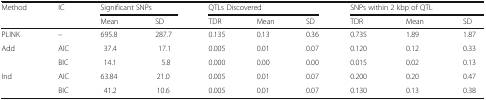
| <ROWSPAN=2> Method | <ROWSPAN=2> IC | <COLSPAN=2> Significant SNPs | <COLSPAN=3> QTLs Discovered | <COLSPAN=3> SNPs within 2 kbp of QTL |
 | Mean | SD | TDR | Mean | SD | TDR | Mean | SD |
 | --- | --- | --- | --- | --- | --- | --- | --- | --- | --- |
 | PLINK | – | 695.8 | 287.7 | 0.135 | 0.13 | 0.36 | 0.735 | 1.89 | 1.87 |
 | <ROWSPAN=2> Add | AIC | 37.4 | 17.1 | 0.005 | 0.01 | 0.07 | 0.120 | 0.12 | 0.33 |
 | BIC | 14.1 | 5.8 | 0.000 | 0.00 | 0.00 | 0.015 | 0.02 | 0.13 |
 | <ROWSPAN=2> Ind | AIC | 63.84 | 21.0 | 0.005 | 0.01 | 0.07 | 0.200 | 0.20 | 0.47 |
 | BIC | 41.2 | 10.6 | 0.005 | 0.01 | 0.07 | 0.130 | 0.13 | 0.38 |